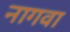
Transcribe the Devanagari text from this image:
नागवा